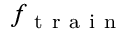
f _ { \mathrm { ~ t ~ r ~ a ~ i ~ n ~ } }